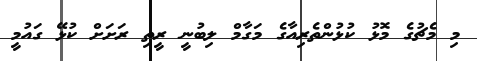
މި މެޗުގެ މޮޅު ކުޅުންތެރިއާގެ މަގާމް ލިބުނީ ރީތި ރަށަށް ކުޅޭ ގައުމީ